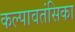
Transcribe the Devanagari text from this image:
कल्पावतंसिका